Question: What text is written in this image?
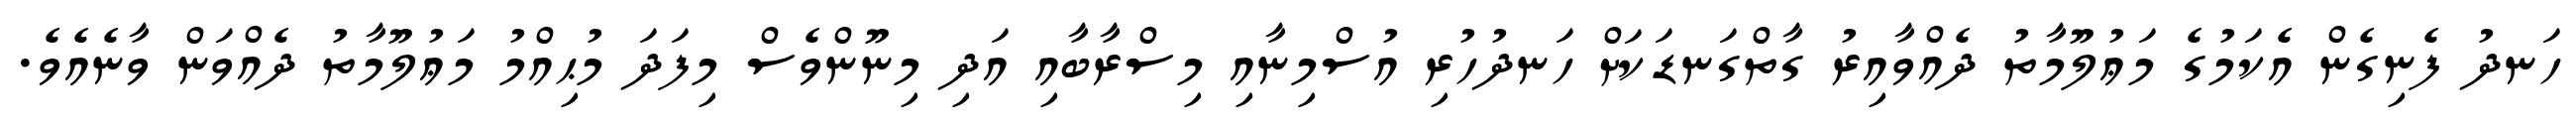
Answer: ހަނދު ފެނިގެން އެކަމުގެ މަޢުލޫމާތު ދެއްވާއިރު ގާތްގަނޑަކަށް ހަނދުހުރި އުސްމިނާއި މިސްރާބާއި އަދި މިނޫންވެސް މިފަދަ މުޙިއްމު މަޢުލޫމާތު ދެއްވަން ވާނެއެވެ.